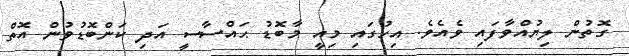
ގޮތުން ލިޔުއްވާފައި ވެއެވެ. އިހުގައި މިއީ މާބޮޑު ޙައްސާސީ އަދި ކަންބޮޑުވުން އޮތް